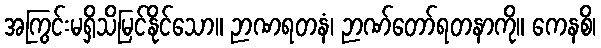
အကြွင်းမရှိသိမြင်နိုင်သော။ ဉာဏရတနံ၊ ဉာဏ်တော်ရတနာကို။ ကေနစိ၊